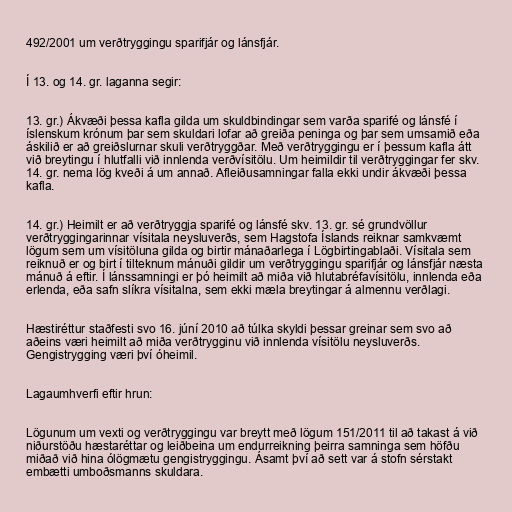
492/2001 um verðtryggingu sparifjár og lánsfjár.

Í 13. og 14. gr. laganna segir:

13. gr.) Ákvæði þessa kafla gilda um skuldbindingar sem varða sparifé og lánsfé í
íslenskum krónum þar sem skuldari lofar að greiða peninga og þar sem umsamið eða
áskilið er að greiðslurnar skuli verðtryggðar. Með verðtryggingu er í þessum kafla átt
við breytingu í hlutfalli við innlenda verðvísitölu. Um heimildir til verðtryggingar fer skv.
14. gr. nema lög kveði á um annað. Afleiðusamningar falla ekki undir ákvæði þessa
kafla.

14. gr.) Heimilt er að verðtryggja sparifé og lánsfé skv. 13. gr. sé grundvöllur
verðtryggingarinnar vísitala neysluverðs, sem Hagstofa Íslands reiknar samkvæmt
lögum sem um vísitöluna gilda og birtir mánaðarlega í Lögbirtingablaði. Vísitala sem
reiknuð er og birt í tilteknum mánuði gildir um verðtryggingu sparifjár og lánsfjár næsta
mánuð á eftir. Í lánssamningi er þó heimilt að miða við hlutabréfavísitölu, innlenda eða
erlenda, eða safn slíkra vísitalna, sem ekki mæla breytingar á almennu verðlagi.

Hæstiréttur staðfesti svo 16. júní 2010 að túlka skyldi þessar greinar sem svo að
aðeins væri heimilt að miða verðtrygginu við innlenda vísitölu neysluverðs.
Gengistrygging væri því óheimil.

Lagaumhverfi eftir hrun:

Lögunum um vexti og verðtryggingu var breytt með lögum 151/2011 til að takast á við
niðurstöðu hæstaréttar og leiðbeina um endurreikning þeirra samninga sem höfðu
miðað við hina ólögmætu gengistryggingu. Ásamt því að sett var á stofn sérstakt
embætti umboðsmanns skuldara.